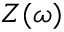
Z ( \omega )